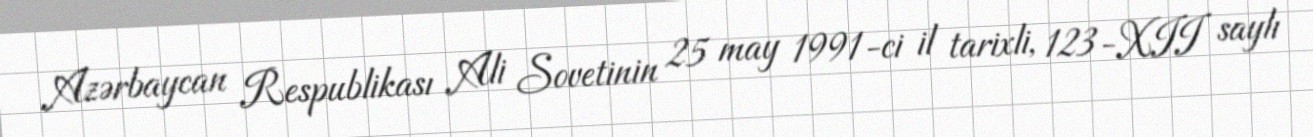
Azərbaycan Respublikası Ali Sovetinin 25 may 1991-ci il tarixli, 123-XII saylı